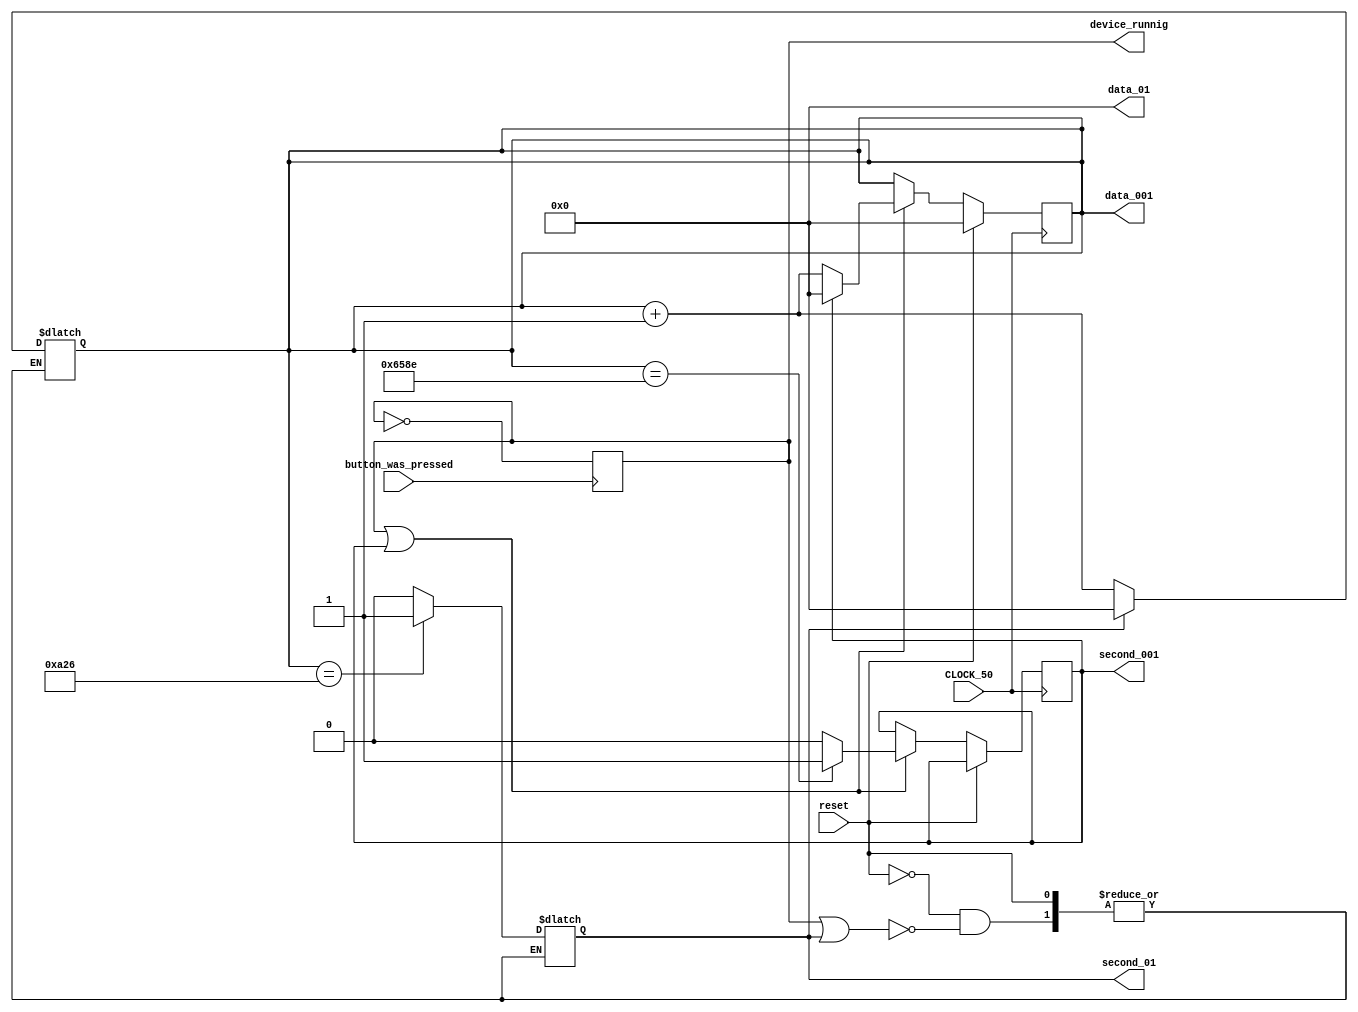
module lab5_4(
	input CLOCK_50,
	input button_was_pressed,
	input reset,
	output reg [19:0] data_001,
	output reg [19:0] data_01,
	output reg device_runnig,
	output reg second_001,
	output reg second_01
);
//   25_99_999 = 259

initial second_001 = 1'd0;
initial data_001 = 20'd0;
initial data_01 = 20'd0;
initial device_runnig = 1'd0;


always @(negedge button_was_pressed) begin
	device_runnig <= ~device_runnig;
end
// 0.01
always@(posedge CLOCK_50) begin //   25_99_999 = 25999;
	if(reset) begin
		data_001 <= 20'd0;
	end else begin
		if(device_runnig | second_001) begin
			if(data_001 == 25998) begin
				second_001 <= 1'd1;
			end else begin
				second_001 <= 1'd0;
			end
			if(second_001) begin
				data_001 <= 20'd0;
			end else begin
				data_001 <= data_001 + 1;
			end
		end
	end
end 
// 0.1
always @(second_001) begin
	if(reset) begin
		data_01 <= 20'd0;
	end else begin
		if(device_runnig | second_01) begin
			if(data_001 == 2598) begin
				second_01 <= 1'd1;
			end else begin
				second_01 <= 1'd0;
			end
			if(second_01) begin
				data_001 <= 20'd0;
			end else begin
				data_001 <= data_001 + 1;
			end
		end
	end
end
endmodule